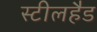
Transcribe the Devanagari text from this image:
स्टीलहैड